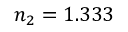
n _ { 2 } = 1 . 3 3 3